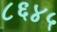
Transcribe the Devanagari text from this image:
८६४५